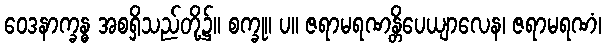
ဝေဒနာက္ခန္ဓ အစရှိသည်တို့၌။ စက္ခု။ ပ။ ဇရာမရဏန္တိပေယျာလေန၊ ဇရာမရဏံ၊